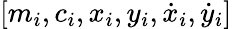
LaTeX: [m_{i},c_{i},x_{i},y_{i},\dot{x}_{i},\dot{y}_{i}]